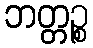
ဘတ္တဉ္စ